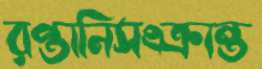
রপ্তানিসংক্রান্ত